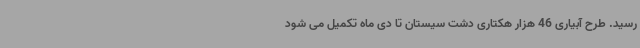
رسید. طرح آبیاری 46 هزار هکتاری دشت سیستان تا دی ماه تکمیل می شود